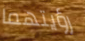
رؤيتهما